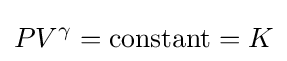
PV^{\gamma }={\text{constant}}=K